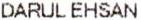
DARUL EHSAN